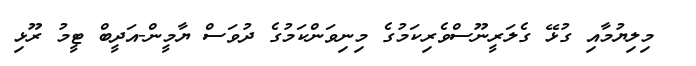
މިލިޔުމާއި ގުޅޭ ގެލަރީނޫސްވެރިކަމުގެ މިނިވަންކަމުގެ ދުވަސް ޔާމީން-އަދީބް ޓީމު ރޫޅި